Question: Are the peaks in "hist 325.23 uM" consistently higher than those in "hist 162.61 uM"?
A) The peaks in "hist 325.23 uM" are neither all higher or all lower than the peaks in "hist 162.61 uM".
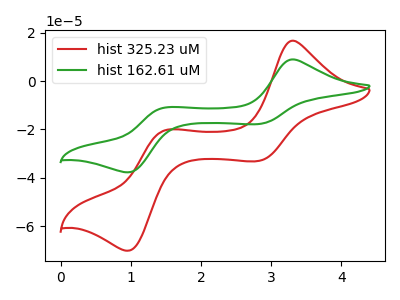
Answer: <think>The red curve "hist 325.23 uM" has anodic peaks at (3.30V, 16.75uA) (1.50V, -20.35uA) and cathodic peaks at (2.80V, -33.05uA) (0.95V, -70.25uA). The green curve "hist 162.61 uM" has anodic peaks at (3.30V, 9.00uA) (1.50V, -10.95uA) and cathodic peaks at (2.80V, -17.75uA) (0.95V, -37.75uA).</think>
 <answer>A) The peaks in "hist 325.23 uM" are neither all higher or all lower than the peaks in "hist 162.61 uM".</answer>
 <eval>A</eval>